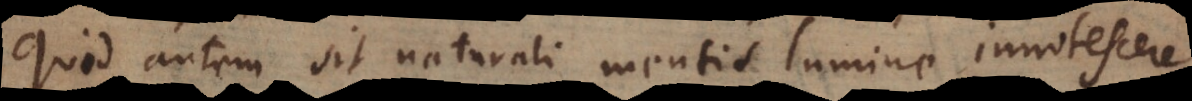
Quid autem sit naturali mentis lumine innotescere